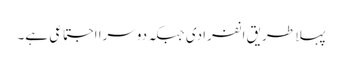
پہلا طریق انفرادی جبکہ دوسرا اجتماعی ہے۔